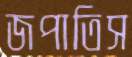
জপাতিস